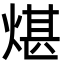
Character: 煁